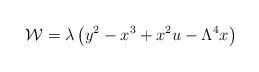
\begin{align*}{\cal W}=\lambda\left(y^{2}-x^{3}+x^{2}u-\Lambda^{4}x\right) \end{align*}